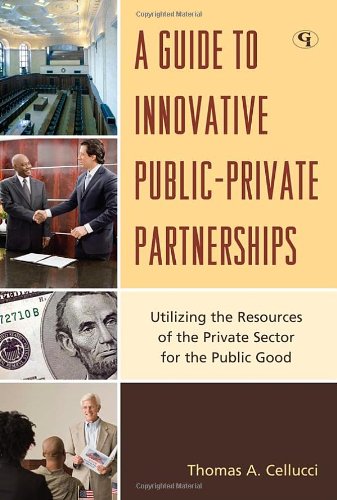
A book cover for A Guide to Innovative Public-Private Partnerships: Utilizing the Resources of the Private Sector for the Public Good; Thomas A. Cellucci; Business & Money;